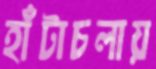
হাঁটাচলায়